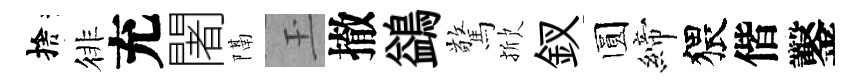
捨徘充闍隔玉撤鷁驚掀釵圆締猥偕鑿